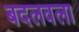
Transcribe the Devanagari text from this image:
बदलवला